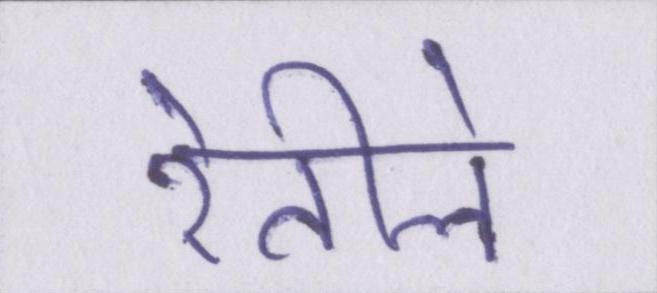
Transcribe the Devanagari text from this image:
रेतीले